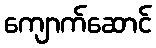
ကျောက်ဆောင်